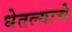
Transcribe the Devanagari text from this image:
धेतल्याचे